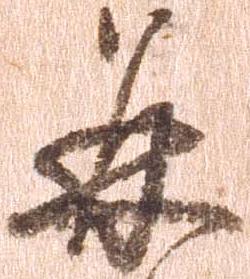
并